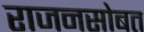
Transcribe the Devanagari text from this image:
राजनसोबत